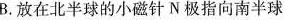
B.放在北半球的小磁针N极指向南半球